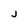
Character: j